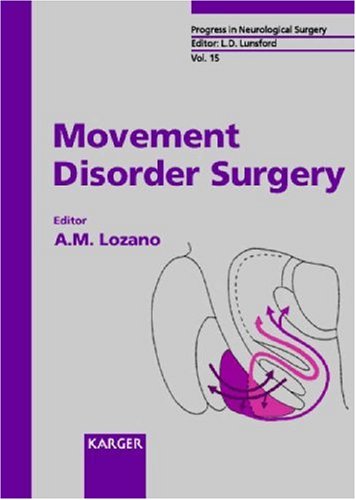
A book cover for Movement Disorder Surgery (Progress in Neurological Surgery, Vol. 15); Health, Fitness & Dieting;